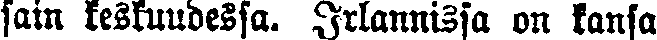
sain keskuudessa. Irlannissa on kansa